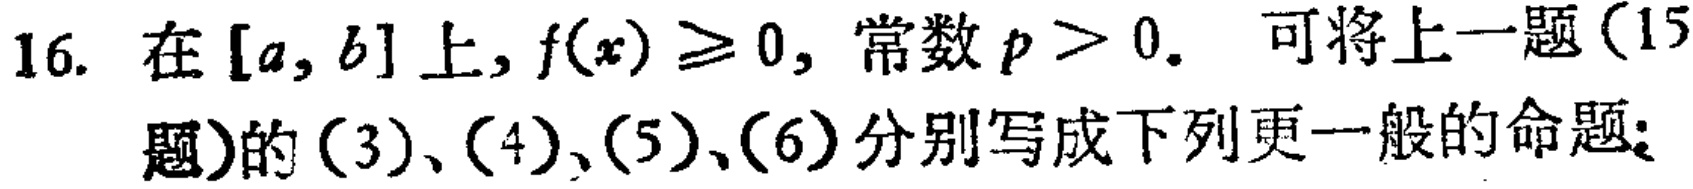
16. 在\([a, b]\)上，\(f(x)\geq0\)，常数\(p > 0\). 可将上一题（15题）的\((3)\)、\((4)\)、\((5)\)、\((6)\)分别写成下列更一般的命题：